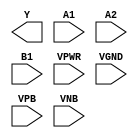
module sky130_fd_sc_hvl__o21ai (
    Y   ,
    A1  ,
    A2  ,
    B1  ,
    VPWR,
    VGND,
    VPB ,
    VNB
);

    output Y   ;
    input  A1  ;
    input  A2  ;
    input  B1  ;
    input  VPWR;
    input  VGND;
    input  VPB ;
    input  VNB ;
endmodule